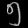
Digit: ၅